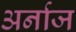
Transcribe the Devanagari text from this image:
अर्नाज